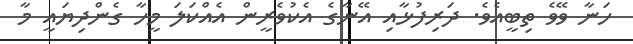
ހަނާ ވޭވެ ތިބީއެވެ. ދަރިފުޅާއި އޭނާގެ އެކުވެރީން އެއްކަލަ މީހާ ގެންދިޔައީ މާ